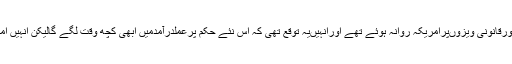
ایرانی میڈیاکے مطابق متعددایرانی درست اورقانونی ویزوںپرامریکہ روانہ ہوئے تھے اورانہیںیہ توقع تھی کہ اس نئے حکم پرعملدرآمدمیں ابھی کچھ وقت لگے گالیکن انہیں امریکی ہوائی اڈوںپراترنے کے بعددھرلیاگیا۔